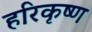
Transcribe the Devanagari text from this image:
हरिकृष्‍ण